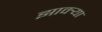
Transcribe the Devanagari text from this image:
झावर्‍या